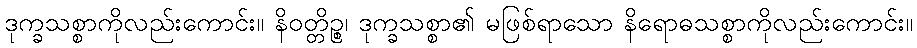
ဒုက္ခသစ္စာကိုလည်းကောင်း။ နိဝတ္တိဉ္စ၊ ဒုက္ခသစ္စာ၏ မဖြစ်ရာသော နိရောဓသစ္စာကိုလည်းကောင်း။